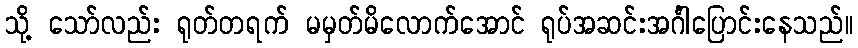
သို့ သော်လည်း ရုတ်တရက် မမှတ်မိလောက်အောင် ရုပ်အဆင်းအင်္ဂါပြောင်းနေသည်။